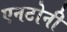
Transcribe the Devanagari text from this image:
एनटोनी